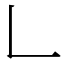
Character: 𠃊